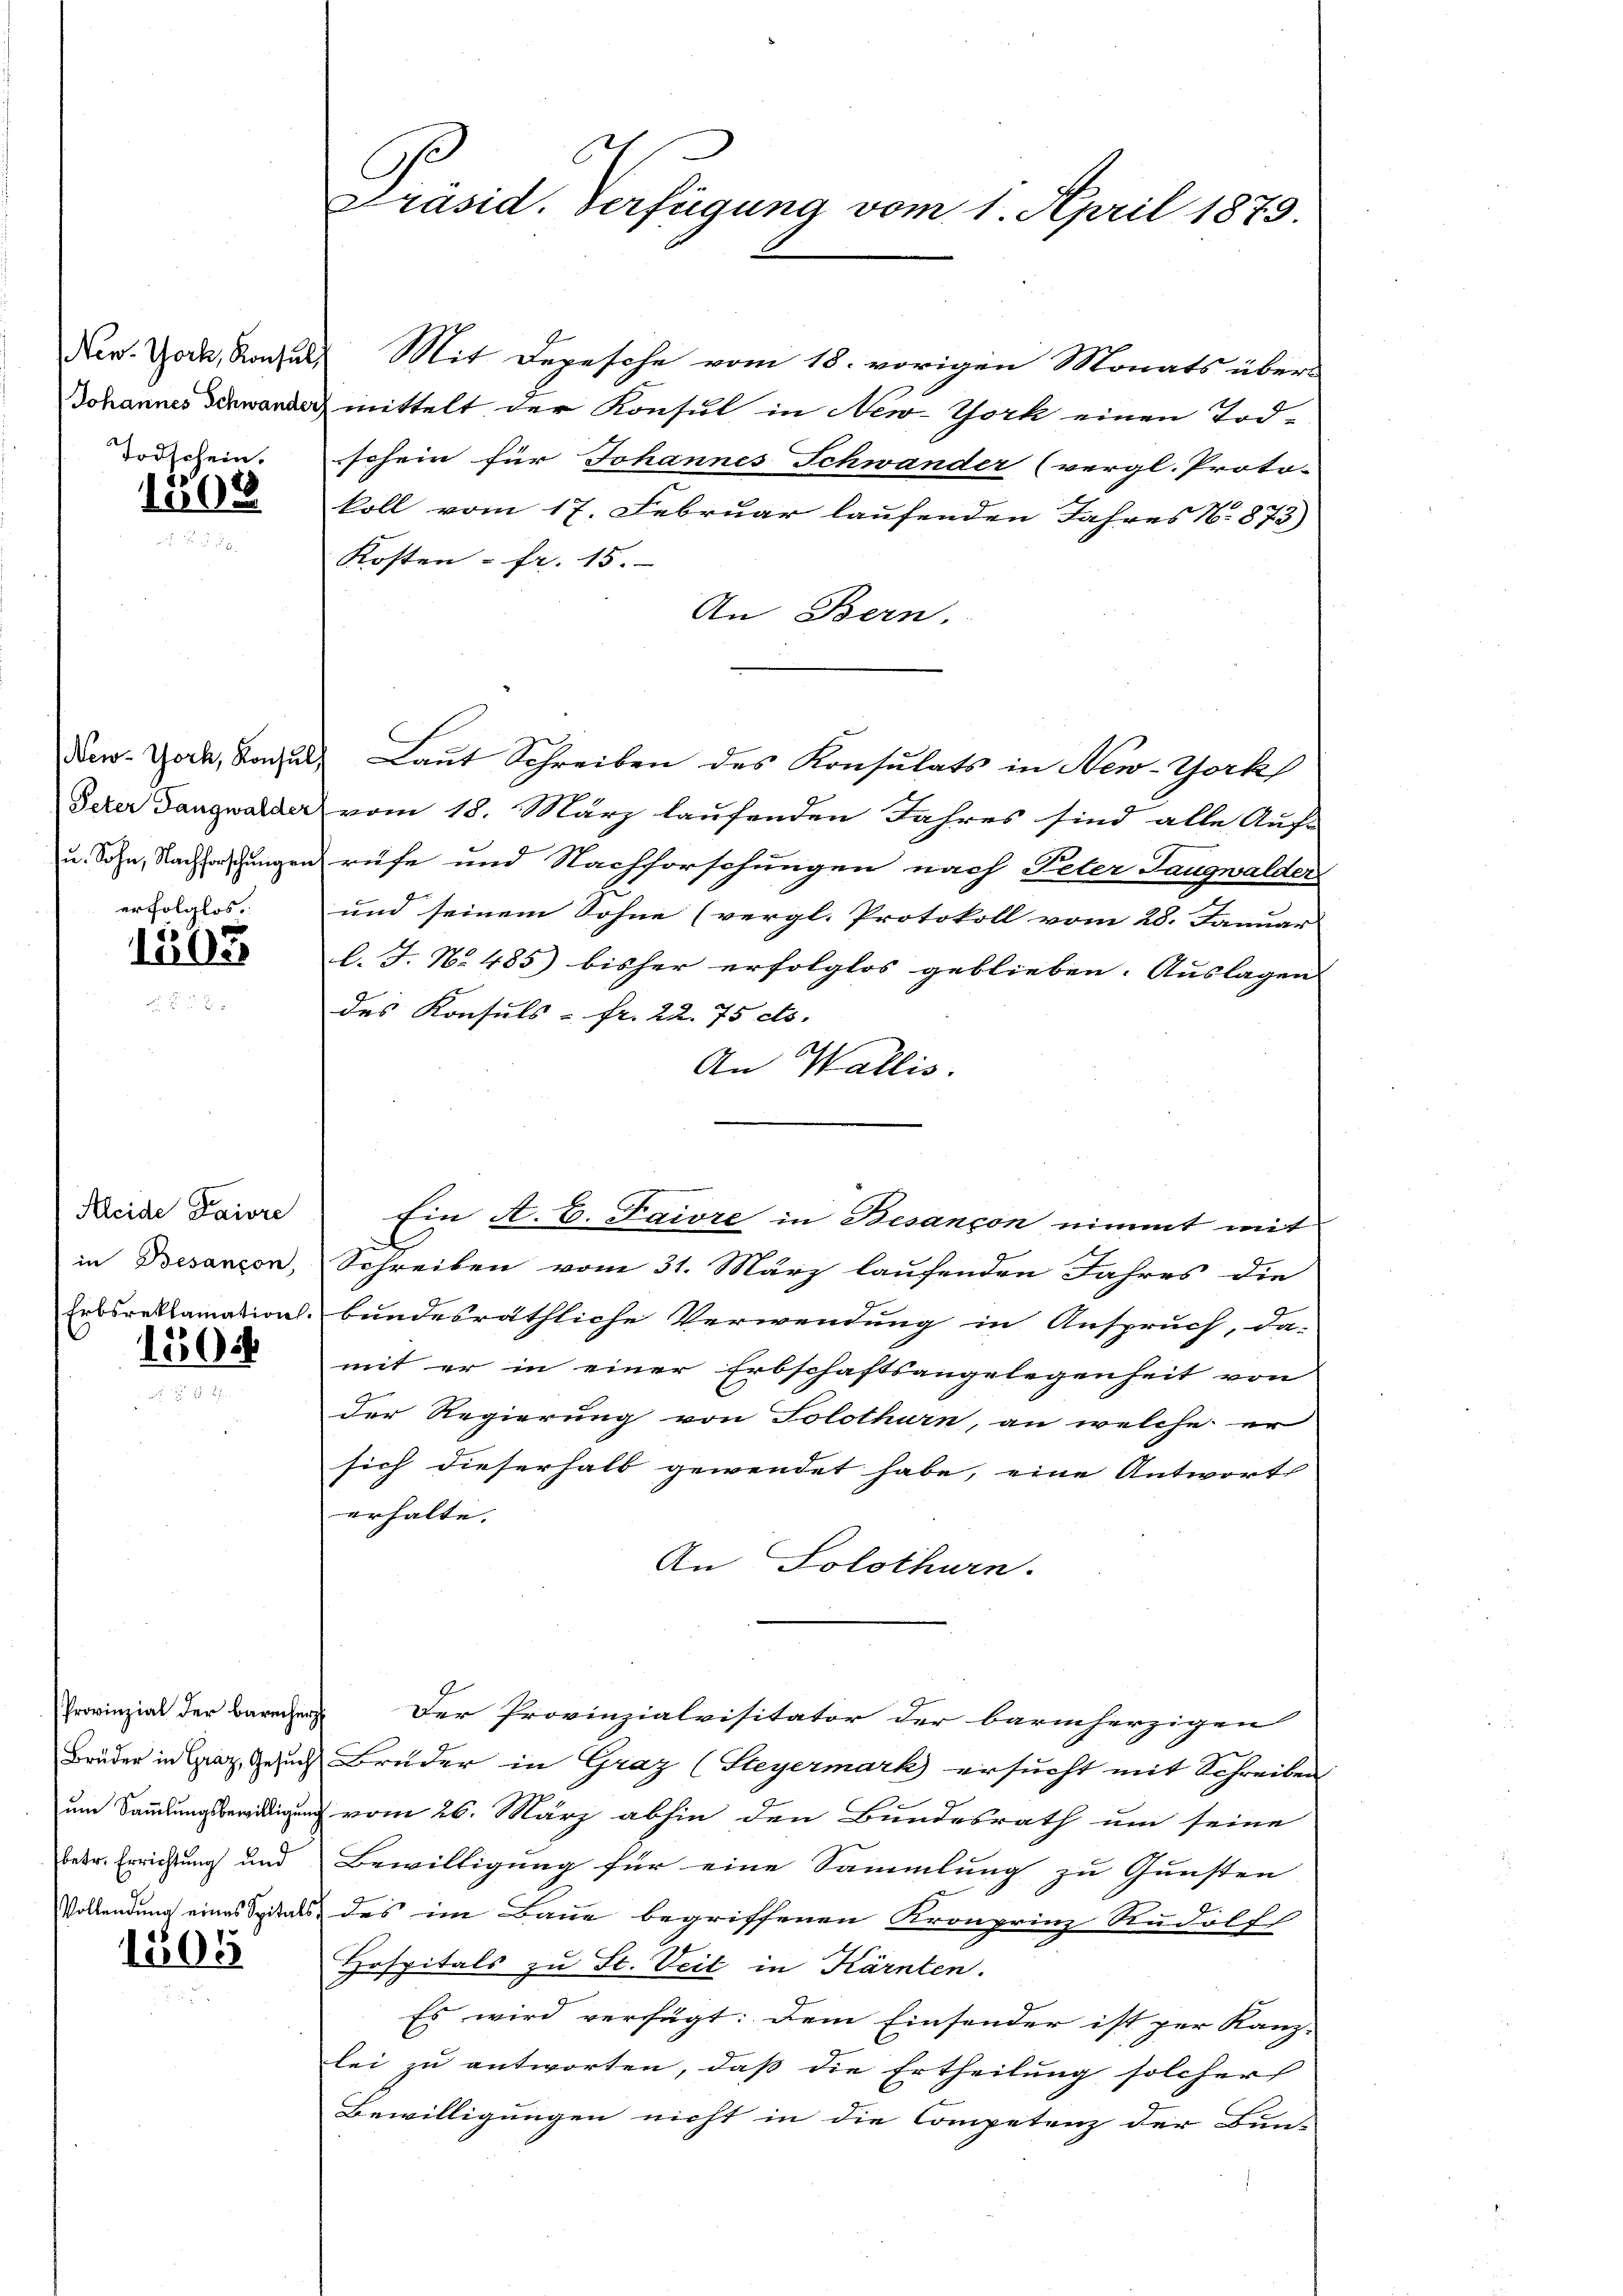
Todschein.
1308.

erfolglos.

1505

Kleide Paivre
in Besançon,
Erbsreklamation

1505

Brüder in Graz, Gesuch
une Sammlungsbewilligun
betr. Errichtung und
Vollendung eines Spitals

1505

6
Präsid. Verfügung vom 1. April 1879.

New York, Rohals Mit Depesche vom 18. vorigen Monats über-
Johannes wand mittelt der Konsul in New-York einen Tod-
schein für Johannes Schwander (vergl. Proto-
koll vom 17. Februar laufenden Jahres N. 873)
Kosten - fr. 15.
An Bern.
New-York, Konsul Laut Schreiben des Konsulats in New-York
Peter Tangwalder vom 18. März laufenden Jahres sind alle Auf-
u. Sohn, Nachforschungen rufe und Nachforschungen nach Peter Langwalder
und seinem Sohne (vergl. Protokoll vom 28. Januar
l. J. N. 485) bisher erfolglos geblieben. Auslagen
des Konsuls - Fr. 22. 75 dto.
An Wallis.
Ein A. E. Faire in Besançon nimmt mit
Schreiben vom 31. März laufenden Jahres die
bundesräthliche Verwendung in Anspruch, da-
mit er in einer Erbschaftsangelegenheit von
der Regierung von Solothurn, an welche er
sich dieserhalb gewendet habe, eine Antworts
erhalte.
An Solothurn.
Provinzial der Barecher der Provinzialvisitator der barmherzigen
 Brüder in Graz (Steyermark ersucht mit Schreiben
vom 26. März abhin den Bundesrath um seine
Bewilligung für eine Sammlung zu Gunsten
des im Baue begriffenen Kronprinz Rudolf
Hospitals zu St. Veit in Kärnten.
Es wird verfügt: Dem Einsender ist per Kanz- |
lei zu antworten, daß die Ertheilung solcher
Bewilligungen nicht in die Competenz der Bun-